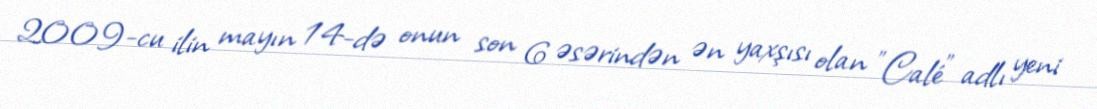
2009-cu ilin mayın 14-də onun son 6 əsərindən ən yaxşısı olan "Calé" adlı yeni